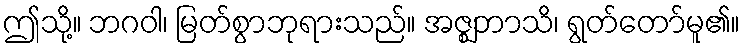
ဤသို့။ ဘဂဝါ၊ မြတ်စွာဘုရားသည်။ အဇ္ဈဘာသိ၊ ရွတ်တော်မူ၏။